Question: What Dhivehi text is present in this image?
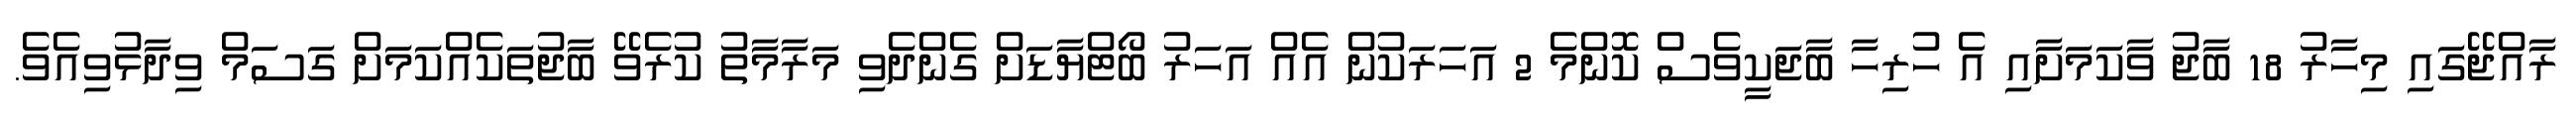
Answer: ރާއްޖޭގައި މިހާރު 18 ބާޖު ވާކަމަށާއި އެ ހުރިހާ ބާޖަކީވެސް ކޮންމެ 2 އަހަރަކުން އެއް އަހަރު ބޯޓްޔާޑަށް ގެންދެވި މަރާމާތު ކުރެވޭ ބާޖުތަކެއްކަމަށް ގަސަމް ވިދާޅުވިއެވެ.